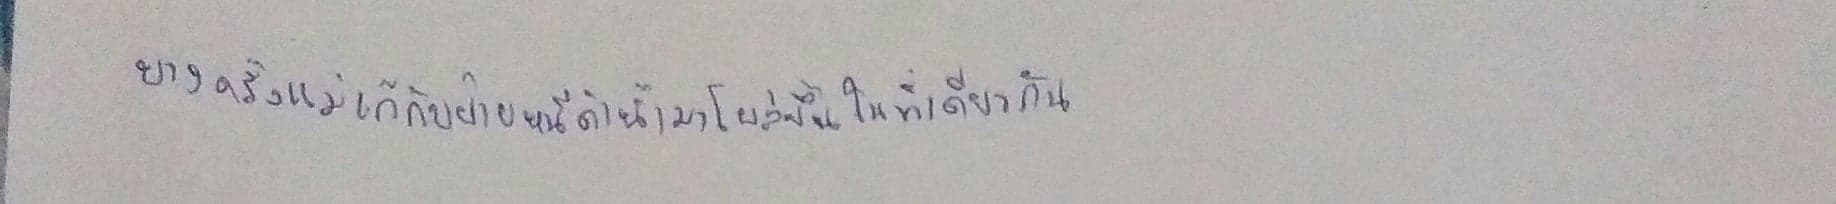
บางครั้งแม่เก้กับฝ่ายหนีดำน้ำมาโผล่ขึ้นในที่เดียวกัน